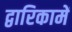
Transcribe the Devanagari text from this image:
द्वारिकामें